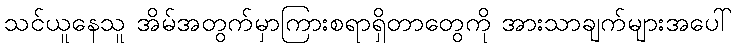
သင်ယူနေသူ အိမ်အတွက်မှာကြားစရာရှိတာတွေကို အားသာချက်များအပေါ်